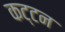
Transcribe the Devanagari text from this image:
कट्टन